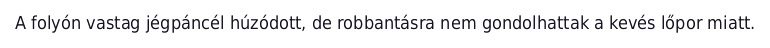
A folyón vastag jégpáncél húzódott, de robbantásra nem gondolhattak a kevés lőpor miatt.